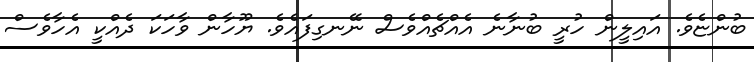
ބުންޏެވެ. އައިލީން ހުރީ ބުނާނެ އެއްޗެއްވެސް ނޭނގިފައެވެ. ޔޫހާން ވާހަކަ ދެއްކީ އެހާވެސް